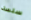
سلسة